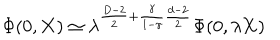
LaTeX: \Phi ( 0 , { \bf X } ) \simeq \lambda ^ { \frac { D - 2 } { 2 } + \frac { \gamma } { 1 - \gamma } \frac { d - 2 } { 2 } } \Phi ( 0 , \lambda { \bf X } )